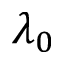
\lambda _ { 0 }